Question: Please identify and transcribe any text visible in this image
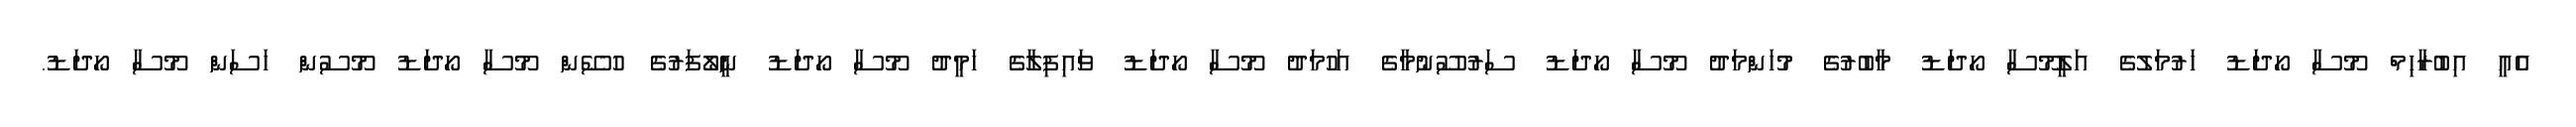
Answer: އެއީ އިބުރާޙިމް މޫސާ ހޯދަޑު ހަރުމަލުގެ އަލީމޫސާ ހޯދަޑު މާބުރުގެ މުހަންމަދު މޫސާ ހޯދަޑު ސަރުސޫނުމާގެ އަހުމަދު މޫސާ ހޯދަޑު ވައިފިލާގެ ހަމީދު މޫސާ ހޯދަޑު ނީލޯފަރުގެ ހުސޭން މޫސާ ހޯދަޑު މޫސުން ހަސަން މޫސާ ހޯދަޑު.